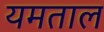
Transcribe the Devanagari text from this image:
यमताल